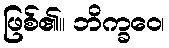
ဖြစ်၏။ ဘိက္ခဝေ၊